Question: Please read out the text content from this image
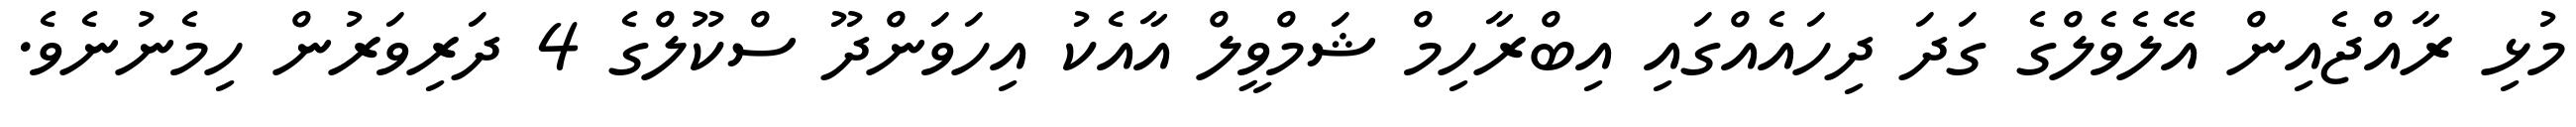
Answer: މުޅި ރާއްޖެއިން އޭލެވެލްގެ ގަދަ ދިހައެއްގައި އިބްރާހިމް ޝަމްވީލް އާއެކު އިހަވަންދޫ ސްކޫލްގެ 4 ދަރިވަރުން ހިމެނުނެވެ.